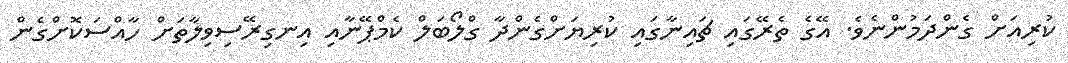
ކުރިއަށް ގެންދަމުންނެވެ. އޭގެ ތެރޭގައި ޗައިނާގައި ކުރިޔަށްގެންދާ ގްލޯބަލް ކެމްޕޭނާއި އިނގިރޭސިވިލާތަށް ހާއްސަކޮށްގެން